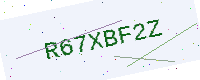
Text: R67XBF2Z